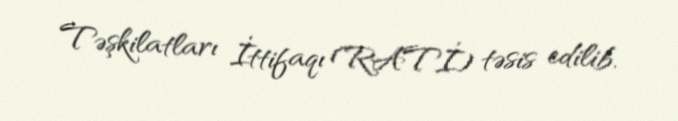
Təşkilatları İttifaqı (RATİ) təsis edilib.